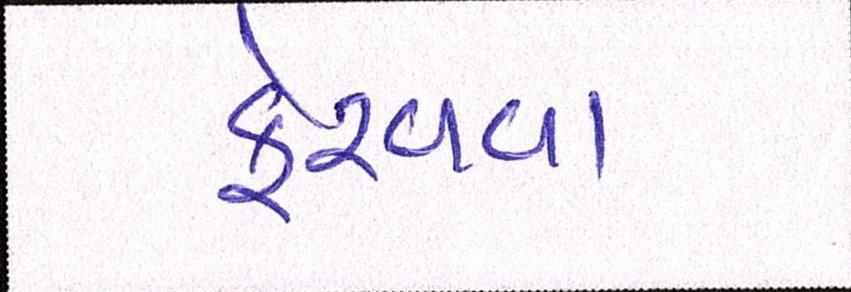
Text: ફેરવવા